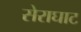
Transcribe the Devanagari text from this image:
सेराघाट